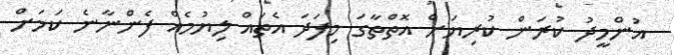
އުންމީދު ކުރަން ކުރިޔަށް އޮތްތާގަ މިފަދަ އެތައް ލިޔުމެއް ފެންނާނެ ކަމަށް